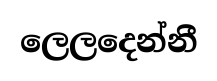
ලෙලදෙන්නී